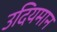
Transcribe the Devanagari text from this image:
उदियमान